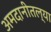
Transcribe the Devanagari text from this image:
अमदानीतल्या